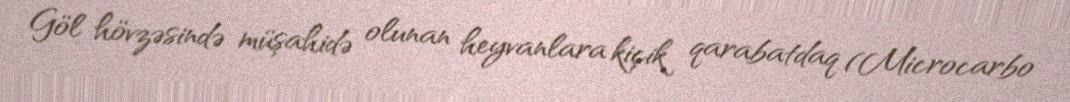
Göl hövzəsində müşahidə olunan heyvanlara kiçik qarabatdaq (Microcarbo